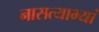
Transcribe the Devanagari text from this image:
नासत्याभ्यां